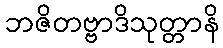
ဘဇိတဗ္ဗာဒိသုတ္တာနိ